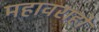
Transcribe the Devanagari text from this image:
महावराहो